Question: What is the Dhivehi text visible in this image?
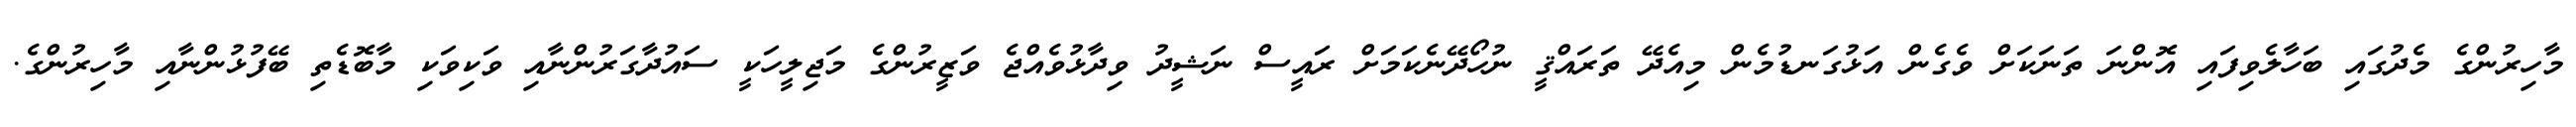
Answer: މާހިރުންގެ މެދުގައި ބަހާލެވިފައި އޮންނަ ތަނަކަށް ވެގެން އަޅުގަނޑުމެން މިއެދޭ ތަރައްޤީ ނުހޯދޭނެކަމަށް ރައީސް ނަޝީދު ވިދާޅުވެއްޖެ ވަޒީރުންގެ މަޖިލީހަކީ ސައުދާގަރުންނާއި ވަކިވަކި މާބޮޑެތި ބޭފުޅުންނާއި މާހިރުންގެ.